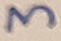
Text: 3